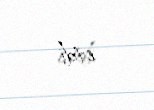
etdi.